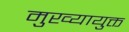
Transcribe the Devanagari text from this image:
मुख्यायुक्त